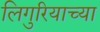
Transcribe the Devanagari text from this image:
लिगुरियाच्या